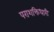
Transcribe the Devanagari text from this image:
पराशक्तिधारी